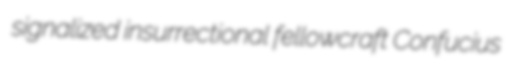
signalized insurrectional fellowcraft Confucius